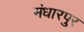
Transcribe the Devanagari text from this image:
मंधारपुर